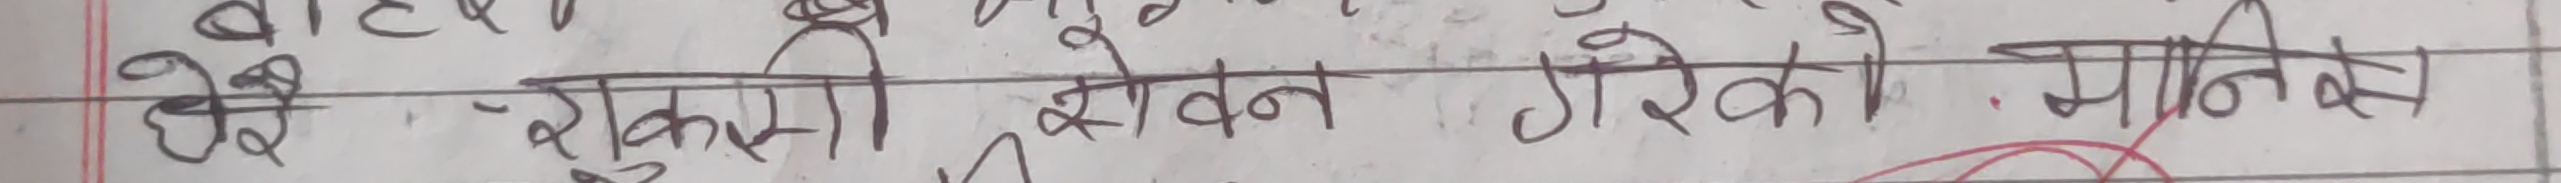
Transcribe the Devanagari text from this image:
छे । झुक्सी स्वेन गरेको मानिन्छ ।